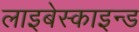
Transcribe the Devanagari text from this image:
लाइबेस्काइन्ड